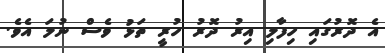
އެ ދޮރުގައި ހިފާލި އިރު ދޮރު ހުރީ ތަޅު ވެސް ނުލަ އެވެ.